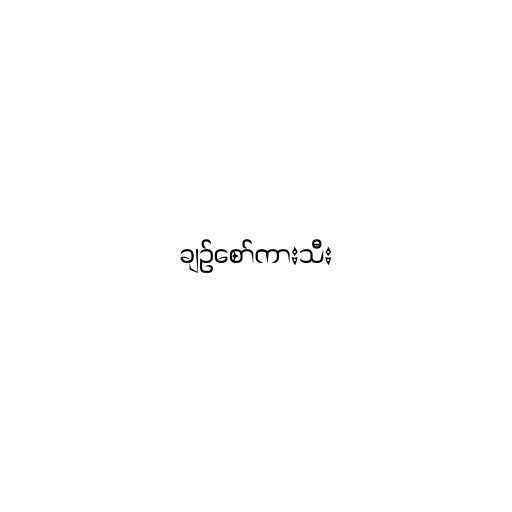
ချဥ်စော်ကားသီး